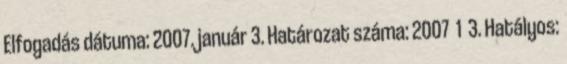
Elfogadás dátuma: 2007. január 3. Határozat száma: 2007 1 3. Hatályos: